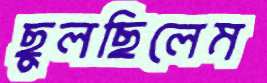
ছুলছিলেম